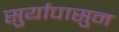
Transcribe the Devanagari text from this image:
सुर्यापासुन